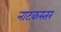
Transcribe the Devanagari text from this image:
नाटकस्तर